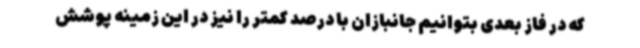
که در فاز بعدی بتوانیم جانبازان با درصد کمتر را نیز در این زمینه پوشش